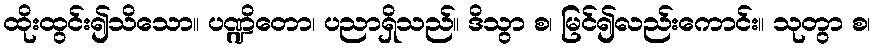
ထိုးထွင်း၍သိသော။ ပဏ္ဍိတော၊ ပညာရှိသည်။ ဒိသွာ စ၊ မြင်၍လည်းကောင်း။ သုတွာ စ၊